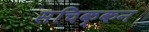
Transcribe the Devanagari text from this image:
सचिक्‍कन